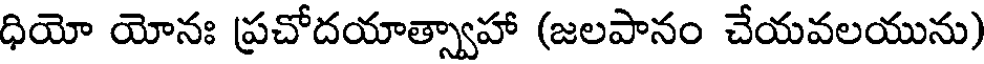
ధియో యోనః ప్రచోదయాత్స్వాహా (జలపానం చేయవలయును)